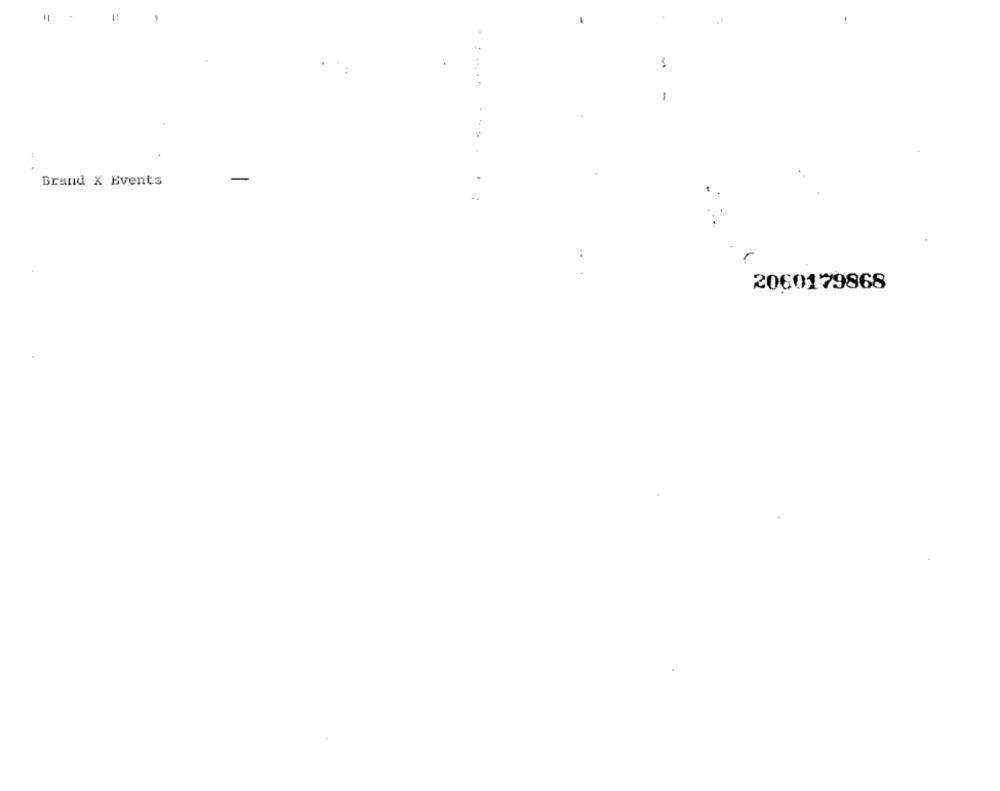
Brand X Events
2060179868